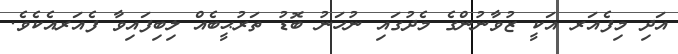
އަދި މިފެއަރ އަކީ ޒުވާނުންގެ މެދުގައި ނުހަނު ބޮޑު ތަރުޙީބެއް ލިބިފައިވާ ފެއަރއެކެވެ.